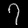
Digit: ၇